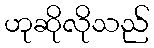
ဟုဆိုလိုသည်